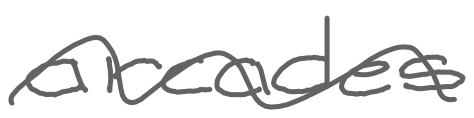
Text: arcades
Cross-out: wave
Writing tool: digital_gray